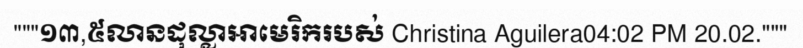
"""១៣,៥លានដុល្លាអាមេរិករបស់ Christina Aguilera04:02 PM 20.02."""